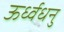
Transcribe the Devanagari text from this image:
ऊर्ध्वधनु